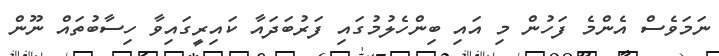
ނަމަވެސް އެންމެ ފަހުން މި އައި ބިންހެލުމުގައި ފަރުބަދައާ ކައިރީގައިވާ ހިސާބުތައް ނޫން